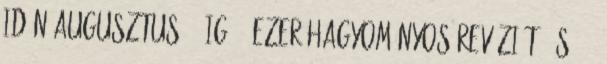
Idén augusztus 31-ig 90 ezer hagyományos revíziót, és 155